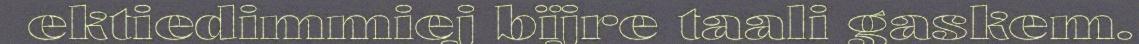
ektiedimmiej bïjre taali gaskem.